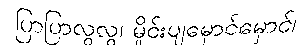
ပြာပြာလွလွ၊ မှိုင်းပျမှောင်မှောင်၊